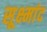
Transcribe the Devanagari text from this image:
सूक्ष्मांद